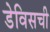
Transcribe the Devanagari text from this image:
डेविसची